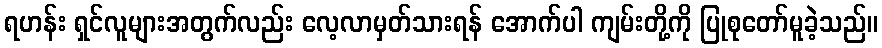
ရဟန်း ရှင်လူများအတွက်လည်း လေ့လာမှတ်သားရန် အောက်ပါ ကျမ်းတို့ကို ပြုစုတော်မူခဲ့သည်။